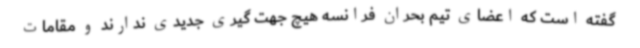
گفته است که اعضای تیم بحران فرانسه هیچ جهت گیری جدیدی ندارند و مقامات